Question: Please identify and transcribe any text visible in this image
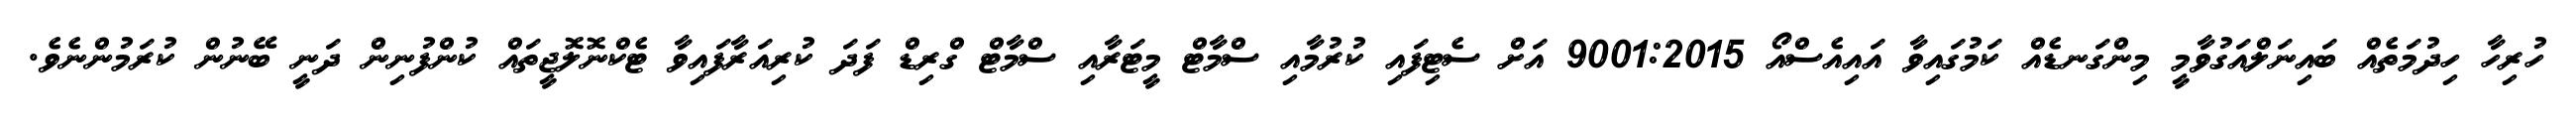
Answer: ހުރިހާ ހިދުމަތެއް ބައިނަލްއަގުވާމީ މިންގަނޑެއް ކަމުގައިވާ އައިއެސްއޯ 9001:2015 އަށް ސެޓިފައި ކުރުމާއި ސްމާޓް މީޓަރާއި ސްމާޓް ގްރިޑް ފަދަ ކުރިއަރާފައިވާ ޓެކްނޮލޮޖީތައް ކުންފުނިން ދަނީ ބޭނުން ކުރަމުންނެވެ.